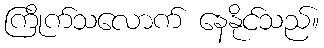
ကြိုက်သလောက် နေနိုင်သည်။